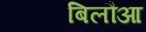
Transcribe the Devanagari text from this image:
बिलौआ